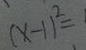
( x - 1 ) ^ { 2 } =